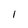
Character: 1